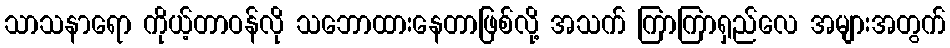
သာသနာရော ကိုယ့်တာဝန်လို သဘောထားနေတာဖြစ်လို့ အသက် ကြာကြာရှည်လေ အများအတွက်